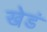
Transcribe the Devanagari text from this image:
खेडं